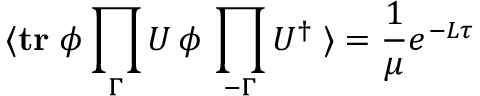
\langle \mathrm { \bf t r } \; \phi \prod _ { \Gamma } U \, \phi \, \prod _ { - \Gamma } U ^ { \dagger } \; \rangle = { \frac { 1 } { \mu } } e ^ { - L \tau }